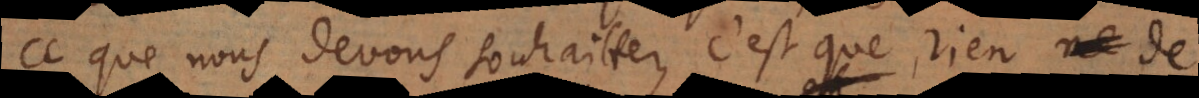
ce que nous devons souhaitter, c’est que rien de